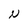
Character: N